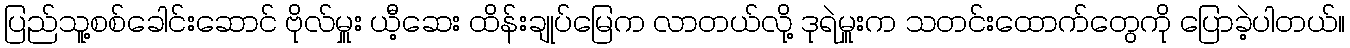
ပြည်သူ့စစ်ခေါင်းဆောင် ဗိုလ်မှူး ယီ့ဆေး ထိန်းချုပ်မြေက လာတယ်လို့ ဒုရဲမှူးက သတင်းထောက်တွေကို ပြောခဲ့ပါတယ်။